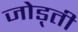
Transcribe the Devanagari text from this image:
जोड़्ती